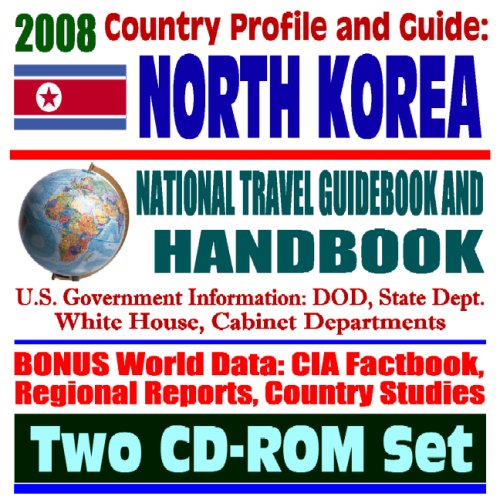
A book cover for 2008 Country Profile and Guide to North Korea - National Travel Guidebook and Handbook - Nuclear Weapons Program, Six-Party Talks, Hunger, USAID, Sanctions, Agriculture (Two CD-ROM Set); U.S. Government; Travel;